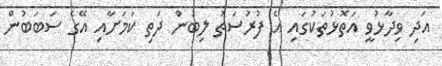
އަދި ވިދާޅުވީ އަތޮޅުތަކުގައި އެ ފުރުސަތު ލިބުން ދަތި ކަމަށާއި އޭގެ ސަބަބުން